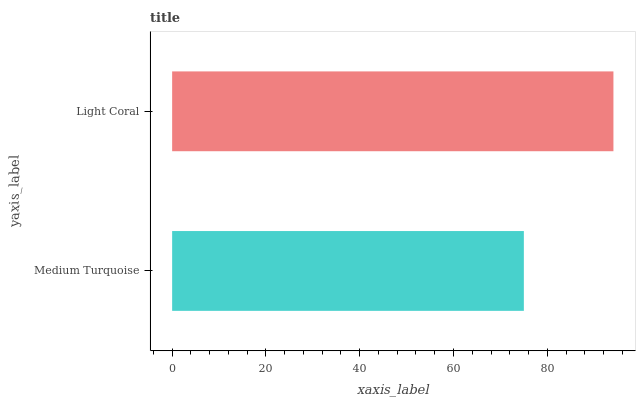
| yaxis_label | bars |
 | --- | --- |
 | Medium Turquoise | 75 |
 | Light Coral | 94.1 |